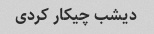
دیشب چیکار کردی